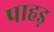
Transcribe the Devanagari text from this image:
पाहड़